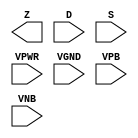
/**
 * Copyright 2020 The SkyWater PDK Authors
 *
 * Licensed under the Apache License, Version 2.0 (the "License");
 * you may not use this file except in compliance with the License.
 * You may obtain a copy of the License at
 *
 *     https://www.apache.org/licenses/LICENSE-2.0
 *
 * Unless required by applicable law or agreed to in writing, software
 * distributed under the License is distributed on an "AS IS" BASIS,
 * WITHOUT WARRANTIES OR CONDITIONS OF ANY KIND, either express or implied.
 * See the License for the specific language governing permissions and
 * limitations under the License.
 *
 * SPDX-License-Identifier: Apache-2.0
 */

`ifndef SKY130_FD_SC_HDLL__MUXB16TO1_PP_BLACKBOX_V
`define SKY130_FD_SC_HDLL__MUXB16TO1_PP_BLACKBOX_V

/**
 * muxb16to1: Buffered 16-input multiplexer.
 *
 * Verilog stub definition (black box with power pins).
 *
 * WARNING: This file is autogenerated, do not modify directly!
 */

`timescale 1ns / 1ps
`default_nettype none

(* blackbox *)
module sky130_fd_sc_hdll__muxb16to1 (
    Z   ,
    D   ,
    S   ,
    VPWR,
    VGND,
    VPB ,
    VNB
);

    output        Z   ;
    input  [15:0] D   ;
    input  [15:0] S   ;
    input         VPWR;
    input         VGND;
    input         VPB ;
    input         VNB ;
endmodule

`default_nettype wire
`endif  // SKY130_FD_SC_HDLL__MUXB16TO1_PP_BLACKBOX_V